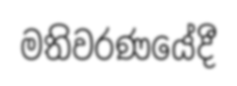
මතිවරණයේදී